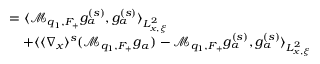
\begin{array} { r l } & { = \langle \mathcal M _ { q _ { 1 } , F _ { + } } g _ { \alpha } ^ { ( s ) } , g _ { \alpha } ^ { ( s ) } \rangle _ { L _ { x , \xi } ^ { 2 } } } \\ & { \quad + \langle \langle \nabla _ { x } \rangle ^ { s } ( \mathcal M _ { q _ { 1 } , F _ { + } } g _ { \alpha } ) - \mathcal M _ { q _ { 1 } , F _ { + } } g _ { \alpha } ^ { ( s ) } , g _ { \alpha } ^ { ( s ) } \rangle _ { L _ { x , \xi } ^ { 2 } } } \end{array}